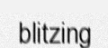
blitzing